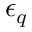
\epsilon _ { q }